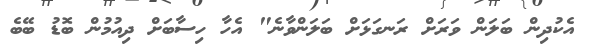
އެކުދިން ބަލަން ވަރަށް ރަނގަޅަށް ބަލަންވާނެ" އެހާ ހިސާބަށް ދިއުމުން ބޮޑު ބޭބެ